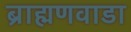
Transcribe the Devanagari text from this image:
ब्राह्मणवाडा